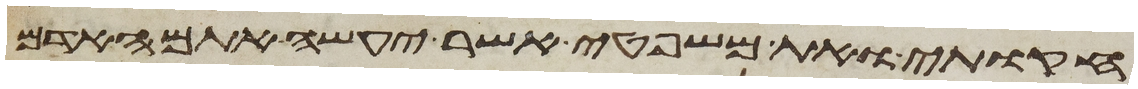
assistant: חקותי ואת משפטי אשר יעשה אתם האדם